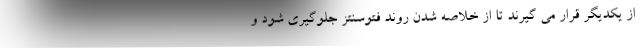
از یکدیگر قرار می گیرند تا از خلاصه شدن روند فتوسنتز جلوگیری شود و